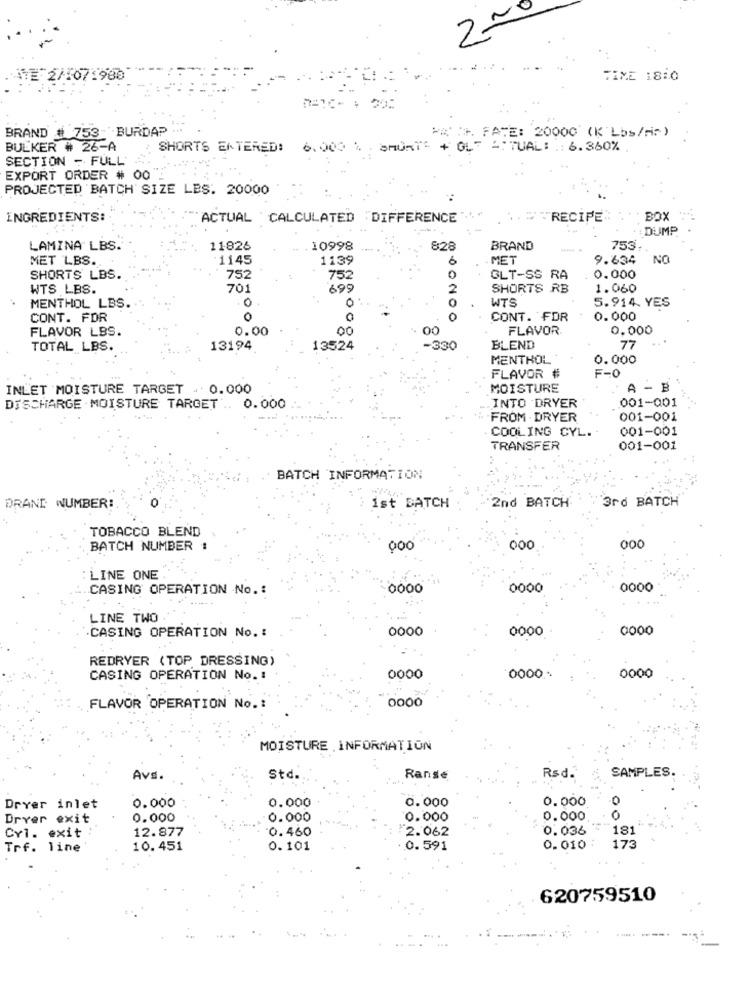
200
/07.980
TIME 1810
BRAND # 753: BURDAP
PA . FATE: 20000 (K Lbs/Hs)
BULKER # 26-A
SHORTS ENTERED: 6.000 % SHORTS + OLT ATUAL: : 6.360%
SECTION - FULL'
EXPORT ORDER # 00
PROJECTED BATCH SIZE LES. 20000
INGREDIENTS:
ACTUAL CALCULATED DIFFERENCE"
W "RECIPE"
BOX
: DUMP.
LAMINA LBS.
11826
10998
8:28
BRAND
753.
MET LBS.
1145
1139
6
MET
9.634
NO
SHORTS LBS.
752
752
GLT-SS RA
0.000
WTS LBS.
701
695
2
SHORTS RB
1.060
0
0
WTS
5.914. YES
MENTHOL LBS.
CONT. FOR
0
0
0
CONT. FDR
0.000
FLAVOR LBS.
0.00
00
00
FLAVOR
0.000
TOTAL LBS.
13194
13524
-330
BLEND
77
MENTHOL
0.000
FLAVOR #
F-0
INLET MOISTURE TARGET . 0.000
MOISTURE
A -
001-001
DISCHARGE MOISTURE TARGET .. 0.000
INTO DRYER
FROM - DRYER
001-001
COOLING CYL.
001-001
TRANSFER
001-001
BATCH INFORMATION
2nd BATCH
3rd BATCH
BRAND WUMBER :.
ist BATCH
TOBACCO BLEND
BATCH NUMBER :
000
000
LINE ONE
CASING OPERATION No .:
0000
0000
0000
LINE TWO
·CASING OPERATION No. :
0000
0000
0000
REDRYER (TOP DRESSING)
CASING OPERATION No. :
0000
0000 .-
0000
FLAVOR OPERATION No .:
0000
MOISTURE INFORMATION
SAMPLES
Avs.
Std.
Ranse
Rsd.
0.000
0.000
0.000
0.000
0
Drver inlet
Drver exit
0.000
0.000
0.000
0.000.
0
12.877
0.460
2.062
0.036
181
CYl. exit
Trf. line
10.451
0.101
0.591
0.010
173
620759510